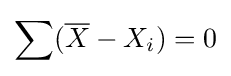
\sum ({\overline {X}}-X_{i})=0